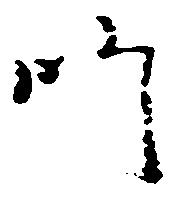
師